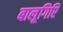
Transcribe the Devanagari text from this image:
बालूगिरि